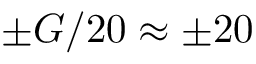
\pm G / 2 0 \approx \pm 2 0